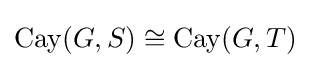
\operatorname {Cay} (G,S)\cong \operatorname {Cay} (G,T)